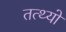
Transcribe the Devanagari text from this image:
तत्थ्यो